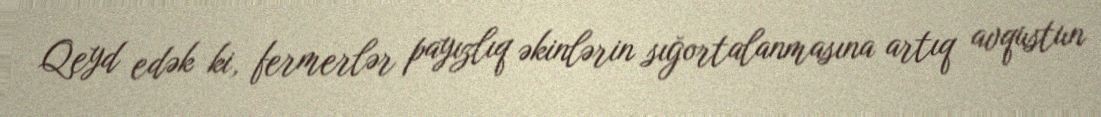
Qeyd edək ki, fermerlər payızlıq əkinlərin sığortalanmasına artıq avqustun